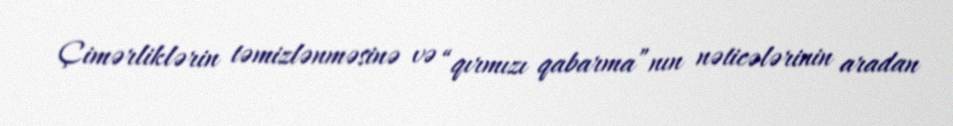
Çimərliklərin təmizlənməsinə və “qırmızı qabarma”nın nəticələrinin aradan